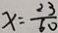
x = \frac { 2 3 } { 6 0 }